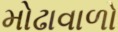
મોઢાવાળો